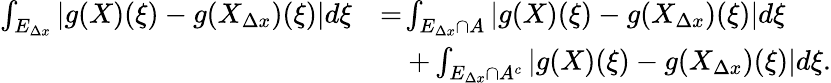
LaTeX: \begin{array}{rl}{\int_{E_{\Delta x}}\left|g(X)(\xi)-g(X_{\Delta x})(\xi)\right|d\xi}&{=\! \int_{E_{\Delta x}\cap A}\left|g(X)(\xi)-g(X_{\Delta x})(\xi)\right|d\xi}\\ &{\quad+\int_{E_{\Delta x}\cap A^{c}}\left|g(X)(\xi)-g(X_{\Delta x})(\xi)\right|d\xi.}\end{array}